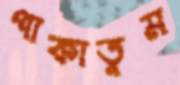
পাকাতুম